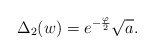
\begin{align*}\Delta_{2}(w) = e^{ - \frac{ \varphi}{2}} \sqrt{ a}.\end{align*}